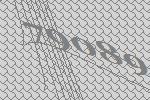
79089